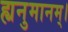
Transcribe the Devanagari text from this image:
ह्यनुमानम्।